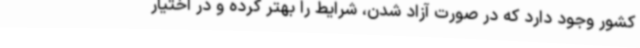
کشور وجود دارد که در صورت آزاد شدن، شرایط را بهتر کرده و در اختیار